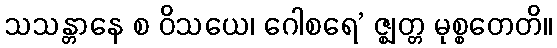
သသန္တာနေ စ ဝိသယေ၊ ဂေါစရေ’ ဇ္ဈတ္တ မုစ္စတေတိ။